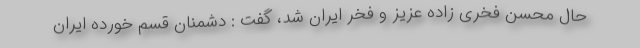
حال محسن فخری زاده عزیز و فخر ایران شد، گفت : دشمنان قسم خورده ایران